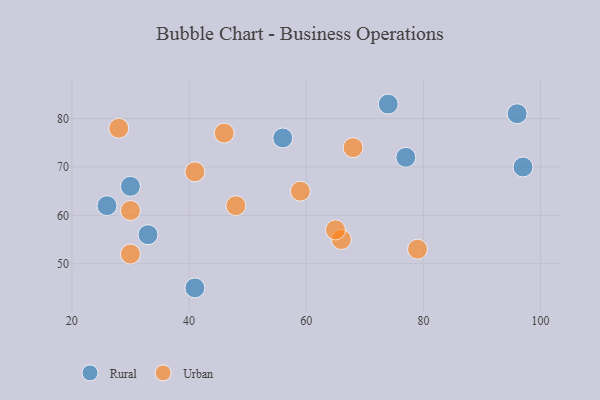
{"axis": {"x": "GDP", "y": "Life Expectancy"}, "legend": ["Rural", "Urban"], "data": [{"x": "74", "y": 83, "type": "Rural"}, {"x": "30", "y": 66, "type": "Rural"}, {"x": "97", "y": 70, "type": "Rural"}, {"x": "33", "y": 56, "type": "Rural"}, {"x": "56", "y": 76, "type": "Rural"}, {"x": "41", "y": 45, "type": "Rural"}, {"x": "96", "y": 81, "type": "Rural"}, {"x": "77", "y": 72, "type": "Rural"}, {"x": "26", "y": 62, "type": "Rural"}, {"x": "79", "y": 53, "type": "Urban"}, {"x": "41", "y": 69, "type": "Urban"}, {"x": "30", "y": 61, "type": "Urban"}, {"x": "66", "y": 55, "type": "Urban"}, {"x": "46", "y": 77, "type": "Urban"}, {"x": "30", "y": 52, "type": "Urban"}, {"x": "59", "y": 65, "type": "Urban"}, {"x": "68", "y": 74, "type": "Urban"}, {"x": "28", "y": 78, "type": "Urban"}, {"x": "65", "y": 57, "type": "Urban"}, {"x": "48", "y": 62, "type": "Urban"}]}